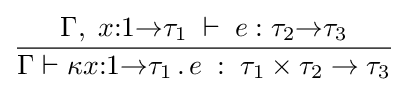
{\Gamma ,\;x{:}1{\to }\tau _{1}\;\vdash \;e:\tau _{2}{\to }\tau _{3}} \over {\Gamma \vdash \kappa x{:}1{\to }\tau _{1}\,.\,e\;:\;\tau _{1}\times \tau _{2}\to \tau _{3}}